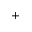
^ +